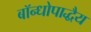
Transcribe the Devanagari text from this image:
बॉन्धोपाद्धैय